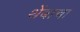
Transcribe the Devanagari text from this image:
थेंबाचा